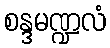
စန္ဒမဏ္ဍလံ